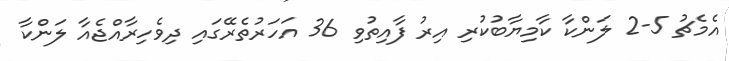
އެމެޗު 5-2 ލަންކާ ކާމިޔާބުކުރި އިރު ފާއިތުވި 36 އަހަރުތެރޭގައި ދިވެހިރާއްޖެއާ ލަންކާ